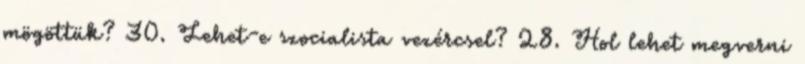
mögöttük? 30. Lehet-e szocialista vezércsel? 28. Hol lehet megverni